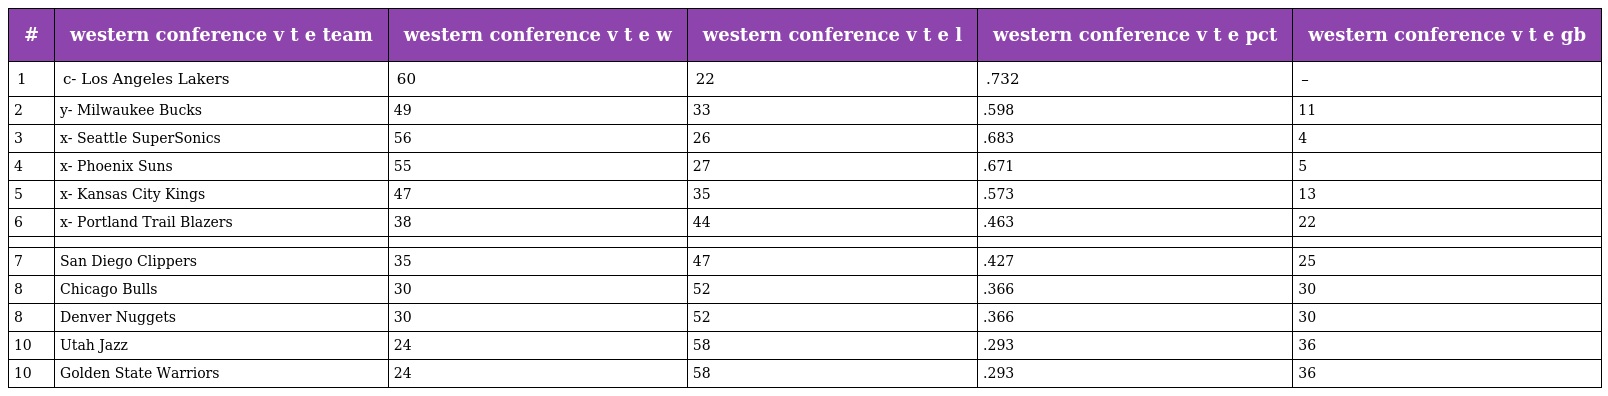
| # | western conference v t e team | western conference v t e w | western conference v t e l | western conference v t e pct | western conference v t e gb |
 | --- | --- | --- | --- | --- | --- |
 | 1 | c- Los Angeles Lakers | 60 | 22 | .732 | – |
 | 2 | y- Milwaukee Bucks | 49 | 33 | .598 | 11 |
 | 3 | x- Seattle SuperSonics | 56 | 26 | .683 | 4 |
 | 4 | x- Phoenix Suns | 55 | 27 | .671 | 5 |
 | 5 | x- Kansas City Kings | 47 | 35 | .573 | 13 |
 | 6 | x- Portland Trail Blazers | 38 | 44 | .463 | 22 |
 |  |  |  |  |  |  |
 | 7 | San Diego Clippers | 35 | 47 | .427 | 25 |
 | 8 | Chicago Bulls | 30 | 52 | .366 | 30 |
 | 8 | Denver Nuggets | 30 | 52 | .366 | 30 |
 | 10 | Utah Jazz | 24 | 58 | .293 | 36 |
 | 10 | Golden State Warriors | 24 | 58 | .293 | 36 |